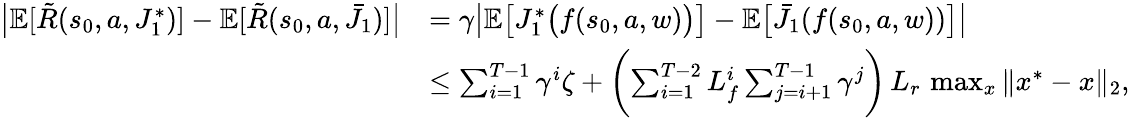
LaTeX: \begin{array}{rl}{\bigl|\mathbb{E}[\tilde{R}(s_{0},a,J_{1}^{*})]-\mathbb{E}[\tilde{R}(s_{0},a,\bar{J}_{1})]\bigr|}&{=\gamma\bigl|\mathbb{E}\bigl[J_{1}^{*}\bigl(f(s_{0},a,w)\bigr)\bigr]-\mathbb{E}\bigl[\bar{J}_{1}(f(s_{0},a,w))\bigr]\bigr|}\\ &{\leq\sum_{i=1}^{T-1}\gamma^{i}\zeta+\biggl(\sum_{i=1}^{T-2}L_{f}^{i}\sum_{j=i+1}^{T-1}\gamma^{j}\biggr)\, L_{r}\, \operatorname*{max}_{x}\| x^{*}-x\| _{2},}\end{array}